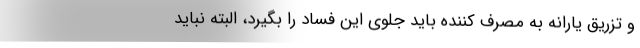
و تزریق یارانه به مصرف کننده باید جلوی این فساد را بگیرد، البته نباید